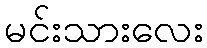
မင်းသားလေး